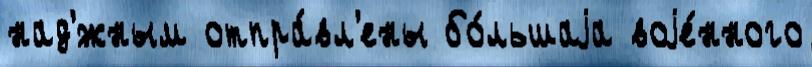
над'́жным отпра́вл'ены бо́льшаjа воjе́нного